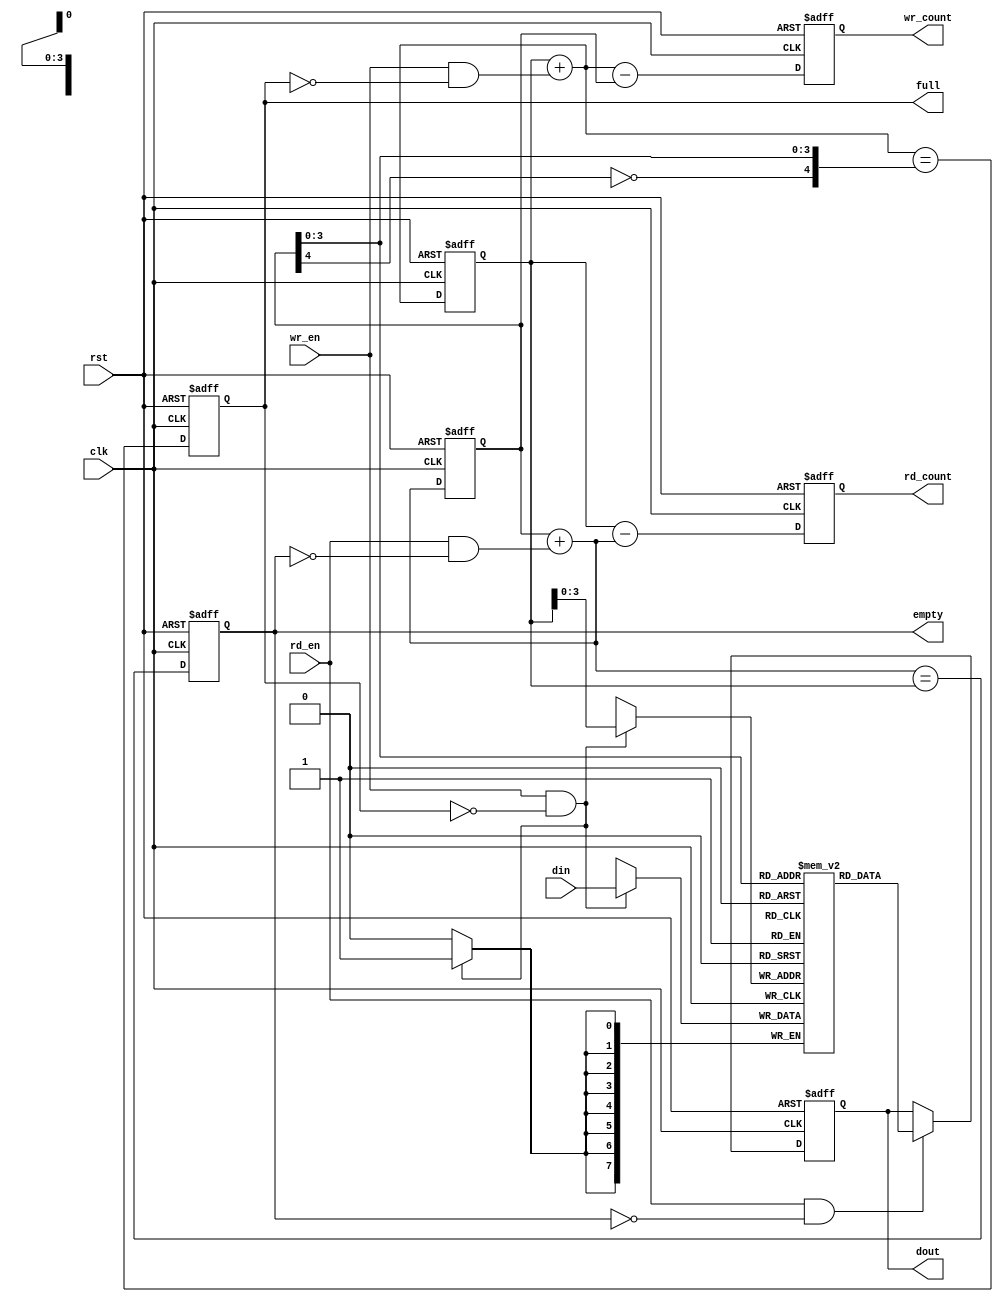
////////////////////////////////////////////////////////////////////////////////
// Description:
//	Generic FIFO which supports both normal and first-word-fall-through mode.
//
////////////////////////////////////////////////////////////////////////////////
module fifo_sync(
	rst,
	clk,
	din,
	wr_en,
	full,
	wr_count,
	dout,
	rd_en,
	empty,
	rd_count
);
parameter DSIZE = 8;
parameter ASIZE = 4;
parameter MODE = "NORMAL";

output [DSIZE-1:0] dout;
output full;
output empty;
output [ASIZE:0] wr_count;
output [ASIZE:0] rd_count;
input [DSIZE-1:0] din;
input wr_en;
input rd_en;
input clk;
input rst;

reg full,empty;
reg [ASIZE:0] rbin, wbin;
reg [ASIZE:0] wr_count;
reg [ASIZE:0] rd_count;

reg [DSIZE-1:0] mem[0:(1<<ASIZE)-1];

wire [ASIZE-1:0] waddr, raddr;
wire [ASIZE:0]  rbinnext, wbinnext;
wire  empty_val,full_val;

reg [DSIZE-1:0] dout_r;
assign dout=dout_r;

generate
if(MODE=="FWFT") begin
    wire [ASIZE-1:0] raddrnext = rbinnext[ASIZE-1:0];
    always @(posedge clk or posedge rst)
    begin
        if(rst)
            dout_r <= 0;
        else
            dout_r <= mem[raddrnext];
    end
end
else begin
	always @(posedge clk or posedge rst)
	begin
		if(rst)
			dout_r <= 0;
		else if(rd_en && !empty)
			dout_r <= mem[raddr];
	end
end
endgenerate

// Write data latch
always@(posedge clk)
begin
	if (wr_en && !full)
		mem[waddr] <= din;
end

// Read pointers
always @(posedge clk or posedge rst)
begin
if (rst)
	rbin <= 0;
else
	rbin <= rbinnext;
end

// Memory read-address pointer 
assign raddr = rbin[ASIZE-1:0];
assign rbinnext = rbin + (rd_en & ~empty);

// FIFO empty when the next rbin == wbin or on reset
assign empty_val = rbinnext == wbin;
always @(posedge clk or posedge rst)
begin
 if (rst)
	 empty <= 1'b1;
 else
	 empty <= empty_val;
end

always @(posedge clk or posedge rst)
begin
	if(rst)
		rd_count <= 0;
	else
		rd_count <= wbin - rbinnext;
end

// Write pointers
always @(posedge clk or posedge rst)
begin
	if (rst)
		wbin <= 0;
	else
		wbin <= wbinnext;
end

// Memory write-address pointer (okay to use binary to address memory)
assign waddr = wbin[ASIZE-1:0];
assign wbinnext = wbin + (wr_en & ~full);

//------------------------------------------------------------------
// Simplified version of the three necessary full-tests:
// assign full_val=(wbinnext[ADDRSIZE]!=rbin[ADDRSIZE]) &&
//                 (wbinnext[ADDRSIZE-1:0]==rbin[ADDRSIZE-1:0]));
//------------------------------------------------------------------
assign full_val = (wbinnext=={~rbin[ASIZE], rbin[ASIZE-1:0]});
always @(posedge clk or posedge rst)
begin
	if (rst)
		full <= 1'b0;
	else
		full <= full_val;
end

always @(posedge clk or posedge rst)
begin
	if(rst)
		wr_count <= 0;
	else
		wr_count <= wbinnext - rbin;
end
endmodule